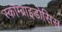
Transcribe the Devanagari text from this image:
स्कॉम्ब्राइडोसिस